Triigi_(Aleksandri)_vallavalitsus_Harjumaal, lk 11
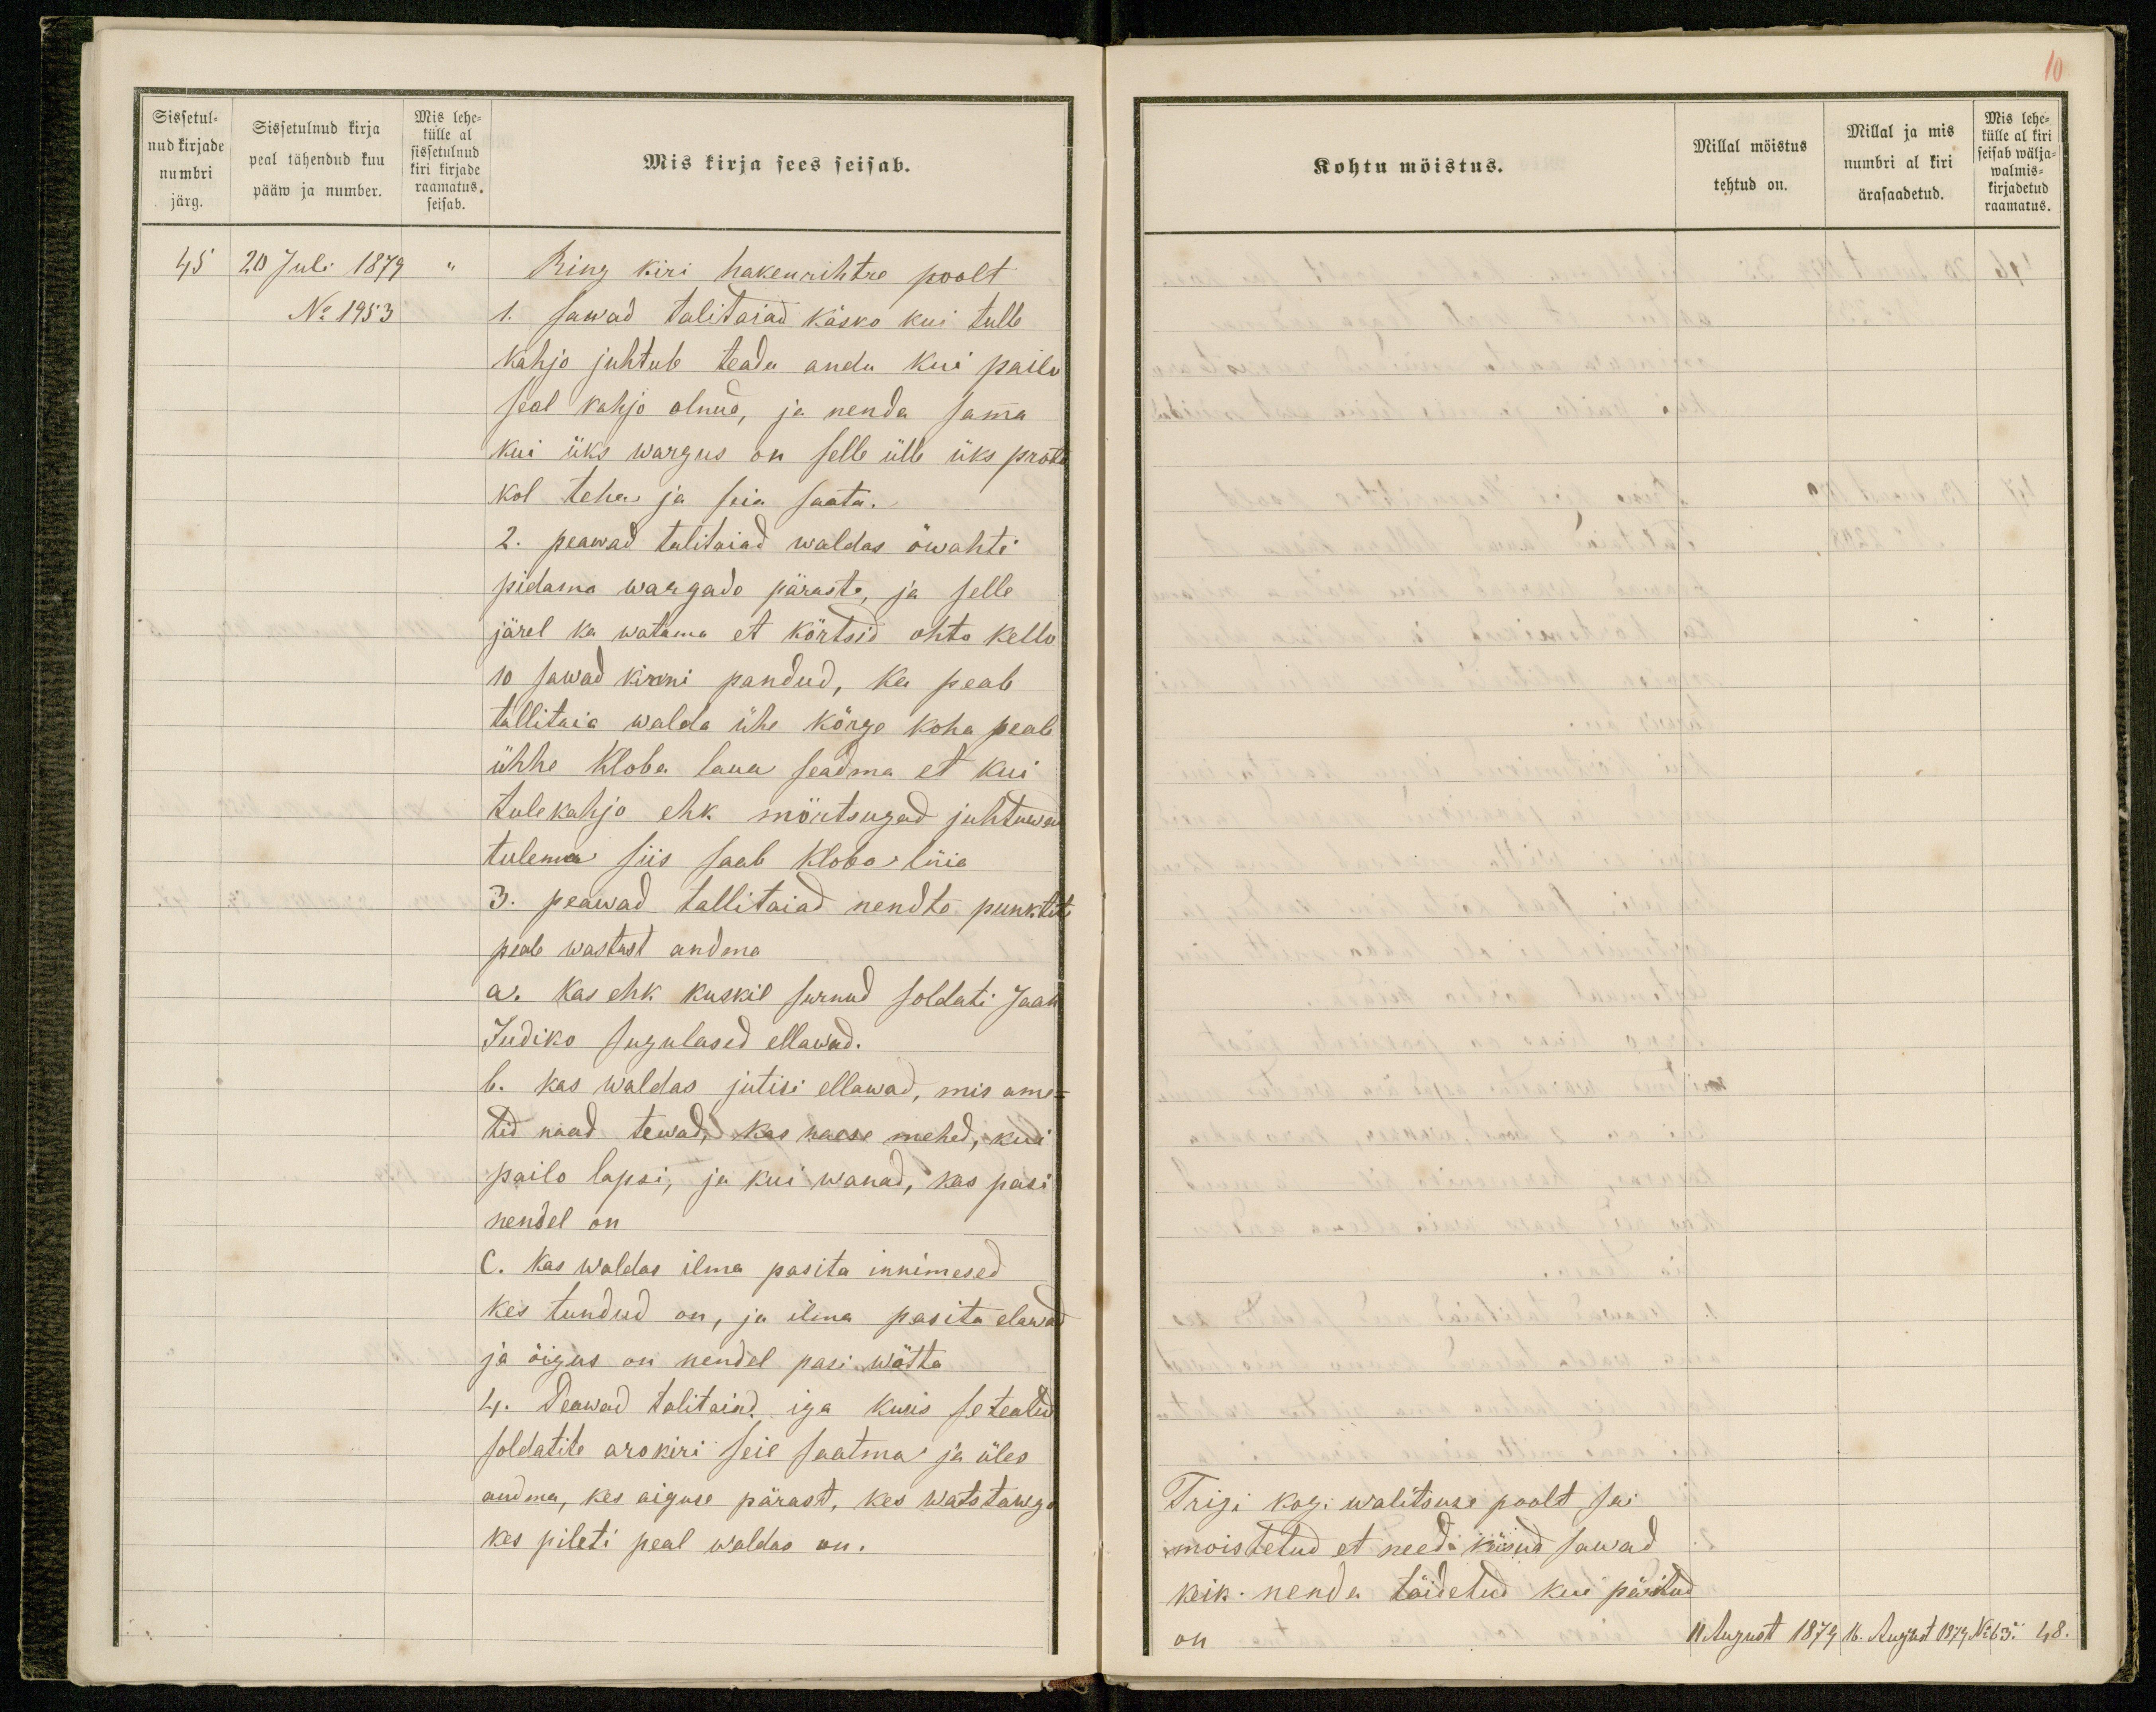
Sissetul-
nud kirjade
numbri
järg.
Sissetulnud kirja
peal tähendud kuu
pääw ja number.
Mis lehe-
külle al
sissetulnud
kiri kirjade
raamatus
seisab.
Mis kirja sees seisab.
45 20 Juli 1879 "
Ring kiri hakenrihtre poolt
No 1953
1. sawad talitaiad käsko kui tulle
kahjo juhtub teada anda kui pailu
seal kahjo olnud, ja nenda samma
kui üks wargus on selle ülle üks proto-
kol teha ja seia saata.
2. peawad talitaiad waldas öwahti
pidama wargade pärast, ja selle
järel ka watama et kõrtsid ohto kello
10 sawad kinni pandud, ka peab
tallitaia walda ühe kõrge koha peale
ühhe kloba laua seadma et kui
tulekahjo ehk mörtsugad juhtuwad
tulema siis saab kloba lüia
3. peawad tallitaiad nendte punktite
peale wastust andma
a. kas ehk kuskil surnud soldati Jaan
Judiko sugulased ellawad.
b. kas waldas jutisi ellawad, mis ame-
tid naad tewad, kas naese mehed, kui
pailo lapsi, ja kui wanad, kas pasi
nendel on.
C. kas waldas ilma pasita innimesed
kes tundud on, ja ilma pasita elawad
ja õigus on nendel pasi wõtta
4. Peawad talitaiad, iga kuus se teatud
soldatite arokiri seie saatma ja üles
andma, kes aiguse pärast, kes watstawgo
kes pileti peal waldas on.

Kohtu möistus.
Millal möistus
tehtud on.
Millal ja mis
numbri al kiri
ärasaadetud.
Mis lehe-
külle al kiri
seisab wälja-
walmis-
kirjadetud
raamatus.
Trigi kog. walitsuse poolt sai
moistetud et needa käsud sawad
keik nenda täidetud kui päritud
on.
11 August 1879 16. August 1879 No 63. 48.